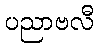
ပညာဗလီ